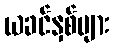
ယခင်နှစ်များ